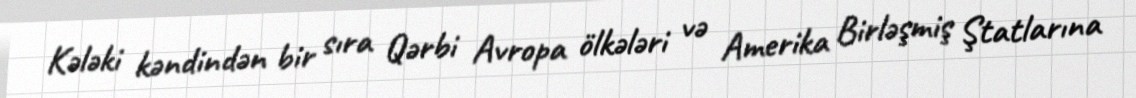
Kələki kəndindən bir sıra Qərbi Avropa ölkələri və Amerika Birləşmiş Ştatlarına